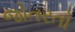
જોતરતો